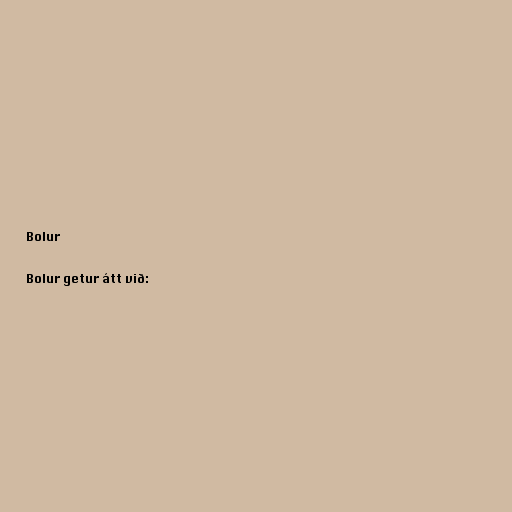
Bolur

Bolur getur átt við: